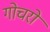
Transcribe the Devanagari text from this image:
गोचरों